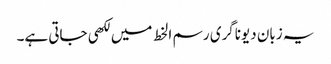
یہ زبان دیوناگری رسم الخط میں لکھی جاتی ہے۔